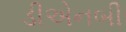
ડીએનબી